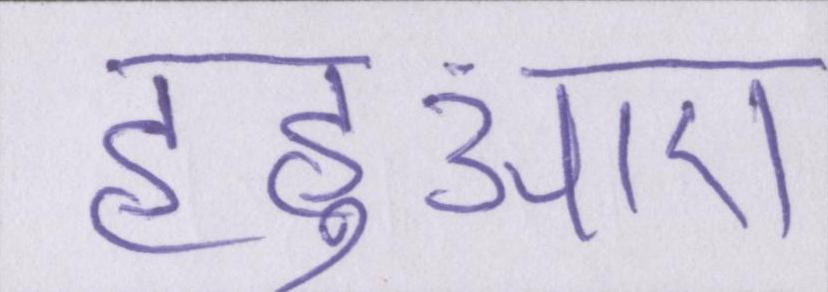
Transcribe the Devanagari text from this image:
हहुआए